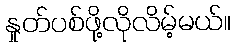
နှုတ်ပစ်ဖို့လိုလိမ့်မယ်။